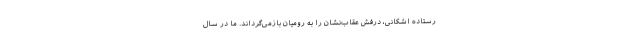
رستاده اشکانی، درفش عقاب‌نشان را به رومیان بازمی‌گرداند. ما در سال